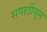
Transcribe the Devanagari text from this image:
सपाटीसून